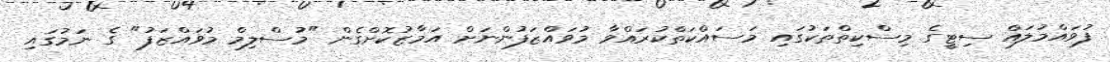
ފުވައްމުލައް ސިޓީގެ މިސްކިތްތަކުގައި މަސައްކަތްކުރައްވާ މުވައްޒަފުންނަށް އަމާޒުކޮށްގެން "މުސްލިމް މުވައްޒަފު" ގެ ނަމުގައި